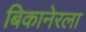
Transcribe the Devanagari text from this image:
बिकानेरला